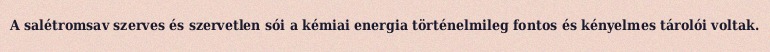
A salétromsav szerves és szervetlen sói a kémiai energia történelmileg fontos és kényelmes tárolói voltak.